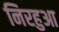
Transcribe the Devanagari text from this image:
निरहुआ